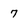
Character: 7